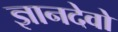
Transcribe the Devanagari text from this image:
ज्ञानदेवो